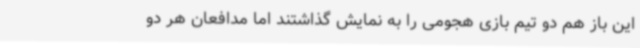
این باز هم دو تیم بازی هجومی را به نمایش گذاشتند اما مدافعان هر دو